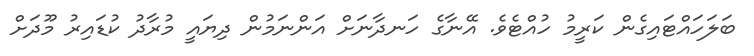
ބަލަހައްޓައިގެން ކަރީމު ހުއްޓެވެ. އޭނާގެ ހަނދާނަށް އަންނަމުން ދިޔައީ މުރާދު ކުޑައިރު މޫދަށް